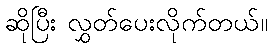
ဆိုပြီး လွှတ်ပေးလိုက်တယ်။